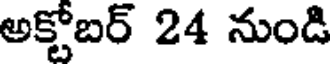
అక్టోబర్ 24 నుండి